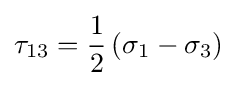
{\tau _{13}}={\frac {1}{2}}\left({{\sigma _{1}}-{\sigma _{3}}}\right)